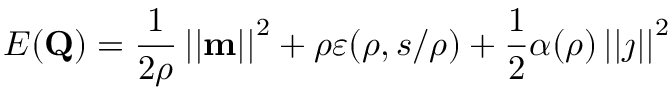
E ( \mathbf { Q } ) = \frac { 1 } { 2 \rho } \left\vert \left\vert \mathbf { m } \right\vert \right\vert ^ { 2 } + \rho \varepsilon ( \rho , s / \rho ) + \frac { 1 } { 2 } \alpha ( \rho ) \left\vert \left\vert \j \right\vert \right\vert ^ { 2 }